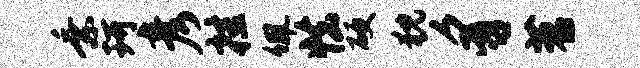
乘珂彦挂佩怯硬猊豸苕